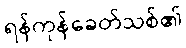
ရန်ကုန်ခေတ်သစ်၏